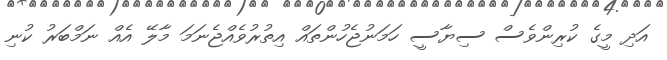
އަދި މީގެ ކުރިންވެސް ސިޔާސީ ހަމަނުޖެހުންތައް އިތުރުވެއްޖެނަމަ މާލޭ އެއް ނަމްބަރު ކުނި